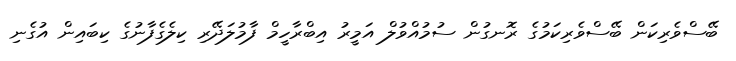
ބޭސްވެރިކަން ބޭސްވެރިކަމުގެ ރޮނގުން ސުމުއްވުލް އަމީރު އިބްރާހީމް ފާމުލަދޭރި ކިލެގެފާނުގެ ކިބައިން އުގެނި